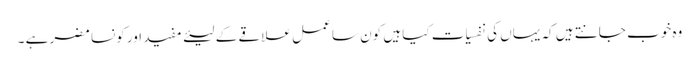
وہ خوب جانتے ہیں کہ یہاں کی نفسیات کیا ہیں کون سا عمل علاقے کے لیئے مفید اور کونسا مضر ہے ۔